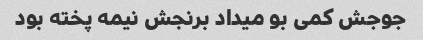
جوجش کمی بو میداد برنجش نیمه پخته بود